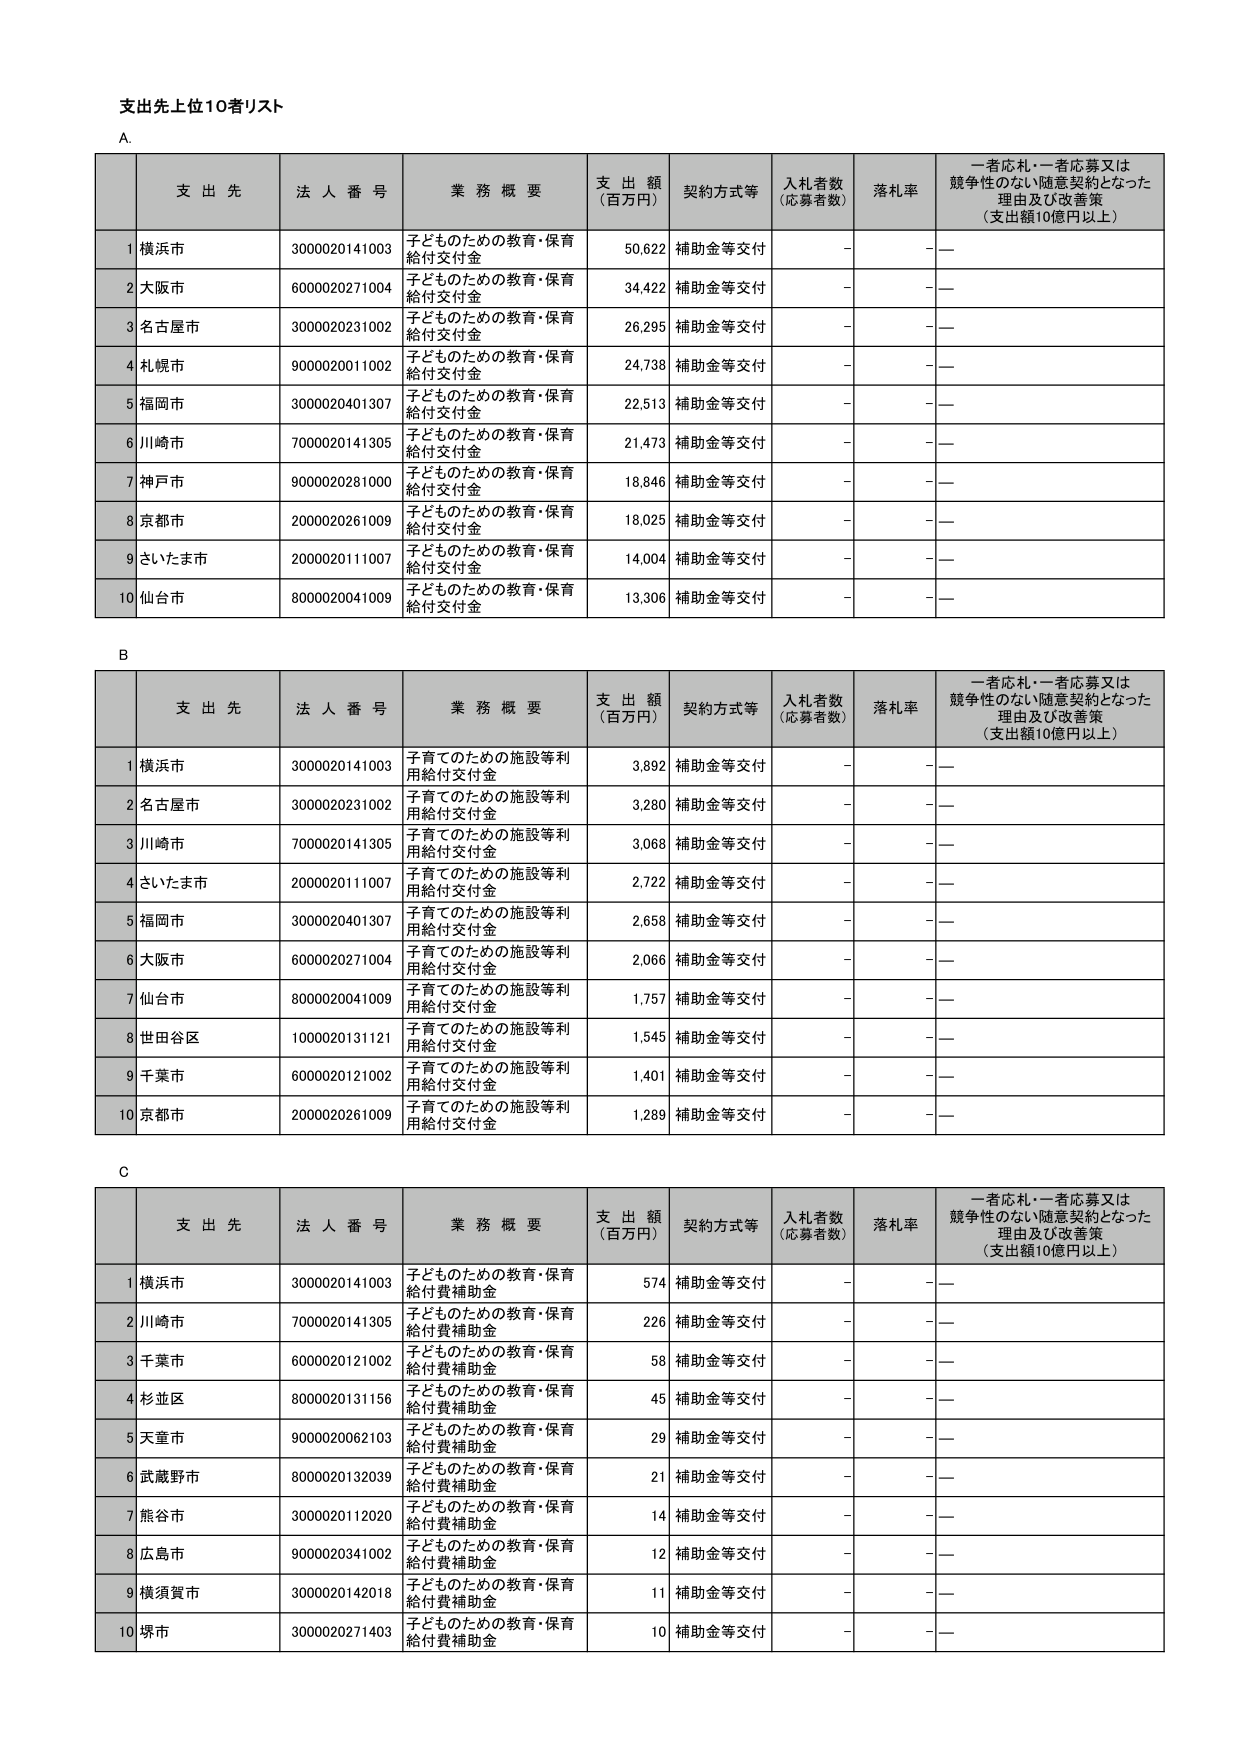
支出先上位10者リスト

A

支 出 先　法 人 番 号　業 務 概 要　支 出 額（百万円）　契約方式等　入札者数（応募者数）　落札率　一者応札・一者応募又は競争性のない随意契約となった理由及び改善策（支出額10億円以上）

1 横浜市　3000020141003　子どものための教育・保育給付交付金　50,622　補助金等交付　－　－

2 大阪市　6000020271004　子どものための教育・保育給付交付金　34,422　補助金等交付　－　－

3 名古屋市　3000020231002　子どものための教育・保育給付交付金　26,295　補助金等交付　－　－

4 札幌市　9000020011002　子どものための教育・保育給付交付金　24,738　補助金等交付　－　－

5 福岡市　3000020401307　子どものための教育・保育給付交付金　22,513　補助金等交付　－　－

6 川崎市　7000020141305　子どものための教育・保育給付交付金　21,473　補助金等交付　－　－

7 神戸市　9000020281000　子どものための教育・保育給付交付金　18,846　補助金等交付　－　－

8 京都市　2000020261009　子どものための教育・保育給付交付金　18,025　補助金等交付　－　－

9 さいたま市　2000020111007　子どものための教育・保育給付交付金　14,004　補助金等交付　－　－

10 仙台市　8000020041009　子どものための教育・保育給付交付金　13,306　補助金等交付　－　－

B

支 出 先　法 人 番 号　業 務 概 要　支 出 額（百万円）　契約方式等　入札者数（応募者数）　落札率　一者応札・一者応募又は競争性のない随意契約となった理由及び改善策（支出額10億円以上）

1 横浜市　3000020141003　子育てのための施設等利用給付交付金　3,892　補助金等交付　－　－

2 名古屋市　3000020231002　子育てのための施設等利用給付交付金　3,280　補助金等交付　－　－

3 川崎市　7000020141305　子育てのための施設等利用給付交付金　3,068　補助金等交付　－　－

4 さいたま市　2000020111007　子育てのための施設等利用給付交付金　2,722　補助金等交付　－　－

5 福岡市　3000020401307　子育てのための施設等利用給付交付金　2,658　補助金等交付　－　－

6 大阪市　6000020271004　子育てのための施設等利用給付交付金　2,066　補助金等交付　－　－

7 仙台市　8000020041009　子育てのための施設等利用給付交付金　1,757　補助金等交付　－　－

8 世田谷区　1000020131121　子育てのための施設等利用給付交付金　1,545　補助金等交付　－　－

9 千葉市　6000020121002　子育てのための施設等利用給付交付金　1,401　補助金等交付　－　－

10 京都市　2000020261009　子育てのための施設等利用給付交付金　1,289　補助金等交付　－　－

C

支 出 先　法 人 番 号　業 務 概 要　支 出 額（百万円）　契約方式等　入札者数（応募者数）　落札率　一者応札・一者応募又は競争性のない随意契約となった理由及び改善策（支出額10億円以上）

1 横浜市　3000020141003　子どものための教育・保育給付費補助金　574　補助金等交付　－　－

2 川崎市　7000020141305　子どものための教育・保育給付費補助金　226　補助金等交付　－　－

3 千葉市　6000020121002　子どものための教育・保育給付費補助金　58　補助金等交付　－　－

4 杉並区　8000020131156　子どものための教育・保育給付費補助金　45　補助金等交付　－　－

5 天童市　9000020062103　子どものための教育・保育給付費補助金　29　補助金等交付　－　－

6 武蔵野市　8000020132039　子どものための教育・保育給付費補助金　21　補助金等交付　－　－

7 熊谷市　3000020112020　子どものための教育・保育給付費補助金　14　補助金等交付　－　－

8 広島市　9000020341002　子どものための教育・保育給付費補助金　12　補助金等交付　－　－

9 横須賀市　3000020142018　子どものための教育・保育給付費補助金　11　補助金等交付　－　－

10 堺市　3000020271403　子どものための教育・保育給付費補助金　10　補助金等交付　－　－